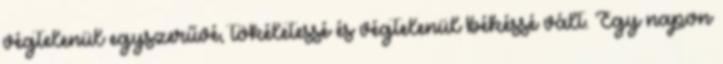
végtelenül egyszerűvé, tökéletessé és végtelenül békéssé vált. Egy napon